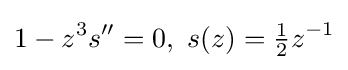
1-z^{3}s^{\prime \prime }=0,\ s(z)={\tfrac {1}{2}}z^{-1}